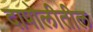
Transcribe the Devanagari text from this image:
दापोलीतील